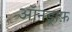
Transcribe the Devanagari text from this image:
ऑनड्राफ़